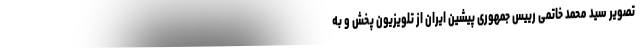
تصویر سید محمد خاتمی رییس جمهوری پیشین ایران از تلویزیون پخش و به